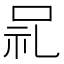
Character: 𫩵